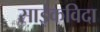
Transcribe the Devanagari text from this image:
साईकविदा